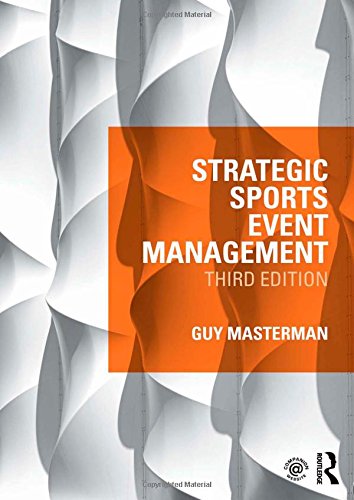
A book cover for Strategic Sports Event Management: Third edition; Guy Masterman; Business & Money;